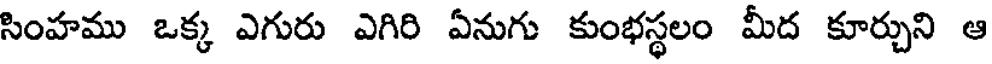
సింహము ఒక్క ఎగురు ఎగిరి ఏనుగు కుంభస్థలం మీద కూర్చుని ఆ